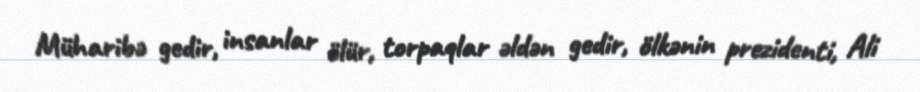
Müharibə gedir, insanlar ölür, torpaqlar əldən gedir, ölkənin prezidenti, Ali